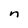
Character: n